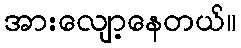
အားလျော့နေတယ်။